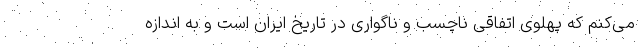
می‌کنم که پهلوی اتفاقی ناچسب و ناگواری در تاریخ ایران است و به اندازه